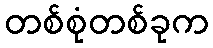
တစ်စုံတစ်ခုက